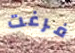
فرغت